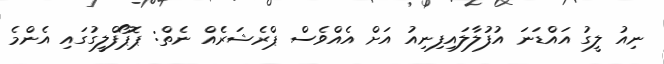
ނިއު ލީގު އައްޑަނަ އުފުލާލައިފިނިއު އަށް އެއްވެސް ޕްރެޝަރެއް ނެތް: ޕޮޕޯފްލީގުގައި އެންމެ